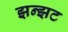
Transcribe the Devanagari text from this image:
झन्झट